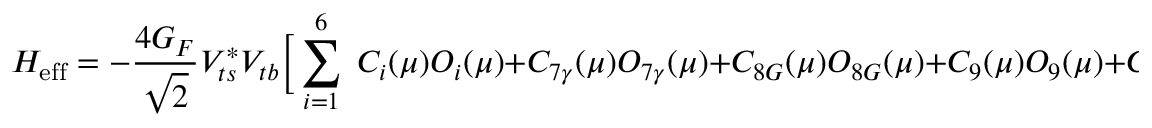
{ \cal H } _ { \mathrm { e f f } } = - \frac { 4 G _ { F } } { \sqrt { 2 } } V _ { t s } ^ { * } V _ { t b } \biggr [ \sum _ { i = 1 } ^ { 6 } \; C _ { i } ( \mu ) O _ { i } ( \mu ) + C _ { 7 \gamma } ( \mu ) O _ { 7 \gamma } ( \mu ) + C _ { 8 G } ( \mu ) O _ { 8 G } ( \mu ) + C _ { 9 } ( \mu ) O _ { 9 } ( \mu ) + C _ { 1 0 } ( \mu ) O _ { 1 0 } ( \mu ) \biggr ] \; .